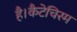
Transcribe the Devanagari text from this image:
है।कैटेचिस्म